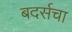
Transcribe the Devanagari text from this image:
बदर्सचा